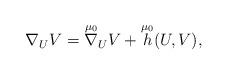
LaTeX: \begin{align*}\nabla _{U}V=\overset{\mu _{0}}{\nabla }_{U}V+\overset{\mu _{0}}{h}(U,V),\end{align*}